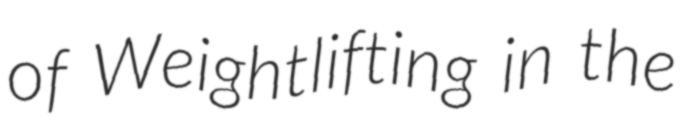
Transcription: of Weightlifting in the